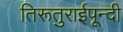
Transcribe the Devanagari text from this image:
तिरूतुराईपून्दी